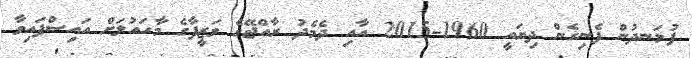
ފުޅަނދުން ފެނިގެން ދިޔައީ 1960-2015 އާއި ދެމެދު ރާއްޖޭގެ ވަޒީފާގެ މާހައުލަށް އައިސްފައިވާ